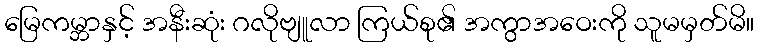
မြေကမ္ဘာနှင့် အနီးဆုံး ဂလိုဗျူလာ ကြယ်စု၏ အကွာအဝေးကို သူမမှတ်မိ။